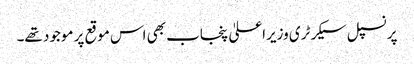
پرنسپل سیکرٹری وزیراعلیٰ پنجاب بھی اس موقع پر موجود تھے۔